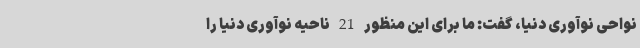
نواحی نوآوری دنیا، گفت: ما برای این منظور 21 ناحیه نوآوری دنیا را